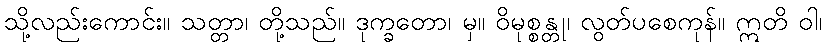
သို့လည်းကောင်း။ သတ္တာ၊ တို့သည်။ ဒုက္ခတော၊ မှ။ ဝိမုစ္စန္တု၊ လွတ်ပစေကုန်။ ဣတိ ဝါ၊